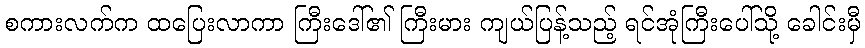
စကားလက်က ထပြေးလာကာ ကြီးဒေါ်၏ ကြီးမား ကျယ်ပြန့်သည့် ရင်အုံကြီးပေါ်သို့ ခေါင်းမှီ